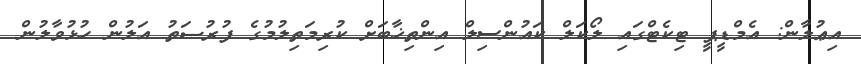
އިޢުލާން: އެމްޑީޕީ ޓިކެޓްގައި ލޯކަލް ކައުންސިލް އިންތިޚާބަށް ކުރިމަތިލުމުގެ ފުރުޞަތު އަލުން ހުޅުވާލުން